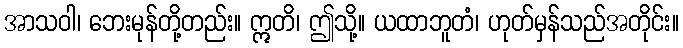
အာသဝါ၊ ဘေးမုန်တို့တည်း။ ဣတိ၊ ဤသို့။ ယထာဘူတံ၊ ဟုတ်မှန်သည်အတိုင်း။